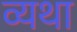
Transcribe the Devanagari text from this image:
व्‍यथा